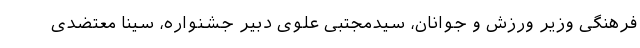
فرهنگی وزیر ورزش و جوانان، سیدمجتبی علوی دبیر جشنواره، سینا معتضدی